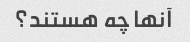
آنها چه هستند؟